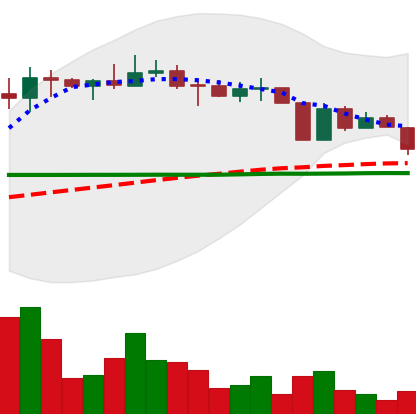
Ticker: ETC-USD
Chart end date: 2022-04-11
Forward return: 3.282%
Label: up_3_5